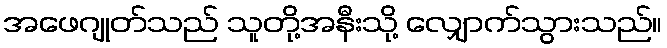
အဖေဂျုတ်သည် သူတို့အနီးသို့ လျှောက်သွားသည်။